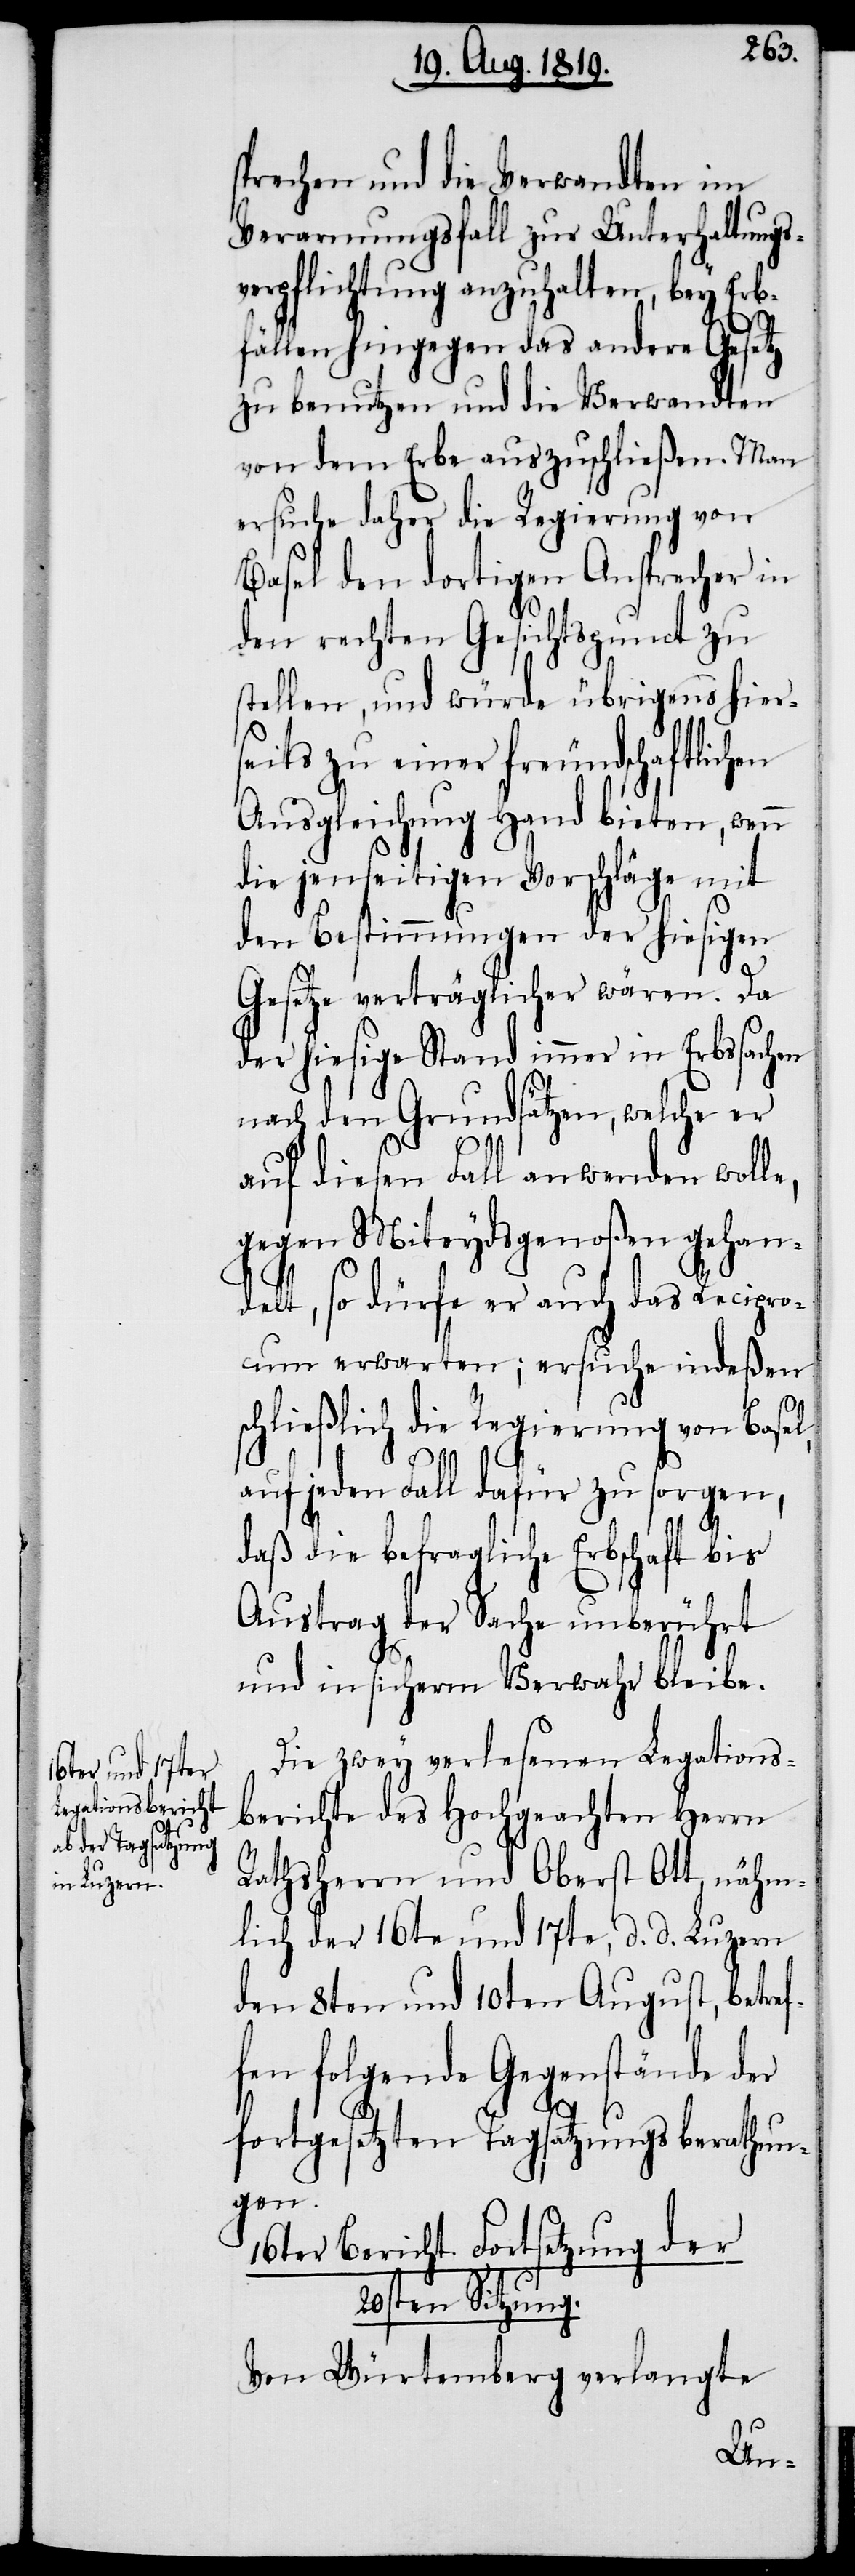
sprechen und die Verwandten im
Verarmungsfall zur Unterhaltungs¬
verpflichtung anzuhalten, bey Erb¬
fällen hingegen das andere Gesetz
zu benutzen und die Verwandten
von dem Erbe auszuschließen. Man
ersuche daher die Regierung von
Basel den dortigen Ansprecher in
den rechten Gesichtspunct zu
stellen, und würde übrigens hier¬
seits zu einer freundschaftlichen
Ausgleichung Hand bieten, wenn
die jenseitigen Vorschläge mit
den Bestimmungen der hiesigen
Gesetze verträglicher wären. Da
der hiesige Stand immer in Erbssachen
nach den Grundsätzen, welche er
auf diesen Fall anwenden woll¬
gegen Miteydsgenoßen gehan¬
delt, so dürfe er auch das Recipro¬
cum erwarten; ersuche indeßen
schließlich die Regierung von Basel,
auf jeden Fall dafür zu sorgen,
daß die befragliche Erbschaft bis
Austrag der Sache unberührt
und in sicherm Verwahr bleibe.
Die zwey verlesenen Legations¬
berichte des Hochgeachten Herrn
Rathsherrn und Oberst Ott, nähm¬
lich der 16te und 17te, d. d. Luzern
den 8ten und 10ten August, betre¬
fen folgende Gegenstände der
f¬
fortgesetzten Tagsatzungsberathun¬
gen.
16ter Bericht. Fortsetzung der
20sten Sitzung.
Von Würtemberg verlangte